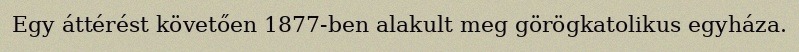
Egy áttérést követően 1877-ben alakult meg görögkatolikus egyháza.